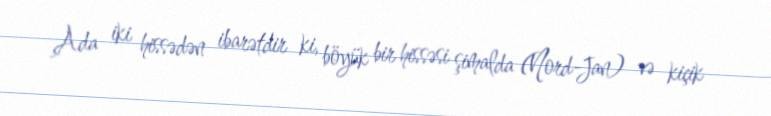
Ada iki hissədən ibarətdir ki, böyük bir hissəsi şimalda (Nord-Jan) və kiçik